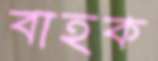
বাহক